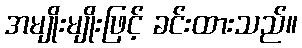
အမျိုးမျိုးဖြင့် ခင်းထားသည်။